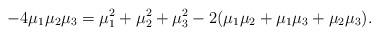
LaTeX: \begin{align*}-4 \mu_1 \mu_2 \mu_3 = \mu_1^2 + \mu_2^2 + \mu_3^2 - 2(\mu_1 \mu_2 + \mu_1 \mu_3 + \mu_2 \mu_3). \end{align*}